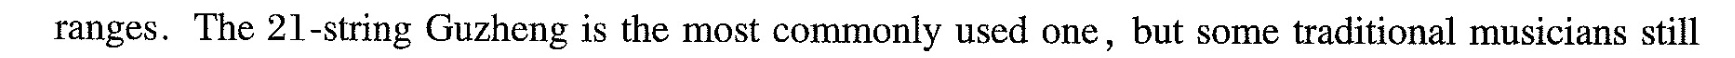
ranges. The 21-string Guzheng is the most commonly used one, but some traditional musicians still